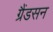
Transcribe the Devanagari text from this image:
ग्रैंडसन